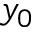
y _ { 0 }